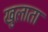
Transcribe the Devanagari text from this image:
खुलाता